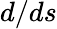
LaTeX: d/ds